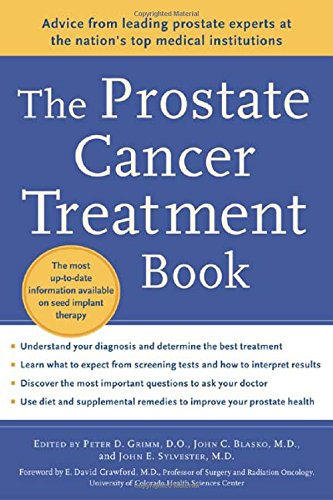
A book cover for The Prostate Cancer Treatment Book; Peter Grimm; Health, Fitness & Dieting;